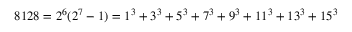
8 1 2 8 = 2 ^ { 6 } ( 2 ^ { 7 } - 1 ) = 1 ^ { 3 } + 3 ^ { 3 } + 5 ^ { 3 } + 7 ^ { 3 } + 9 ^ { 3 } + 1 1 ^ { 3 } + 1 3 ^ { 3 } + 1 5 ^ { 3 }